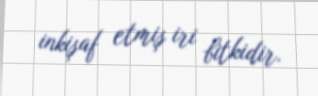
inkişaf etmiş iri bitkidir.